Vaccination in Burma 1920-1933 - 1920-1933
Year: 1920
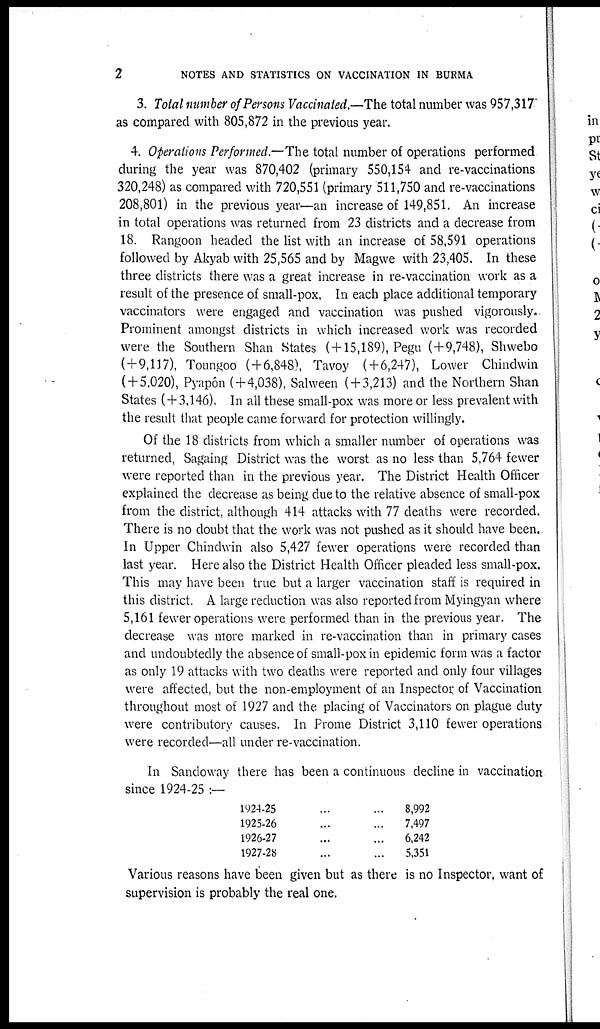
2
NOTES AND STATISTICS ON VACCINATION IN BURMA
3. Total number of Persons Vaccinated.—The total number was 957,317
as compared with 805,872 in the previous year.
4. Operations Performed.—The total number of operations performed
during the year was 870,402 (primary 550,154 and re-vaccinations
320,248) as compared with 720,551 (primary 511,750 and re-vaccinations
208,801) in the previous year—an increase of 149,851. An increase
in total operations was returned from 23 districts and a decrease from
18. Rangoon headed the list with an increase of 58,591 operations
followed by Akyab with 25,565 and by Magwe with 23,405. In these
three districts there was a great increase in re-vaccination work as a
result of the presence of small-pox. In each place additional temporary
vaccinators were engaged and vaccination was pushed vigorously.
Prominent amongst districts in which increased work was recorded
were the Southern Shan States ( + 15,189), Pegu (+9,748), Shwebo
(+9,117), Toungoo ( + 6,848), Tavoy (+6,247), Lower Chindwin
( + 5,020), Pyapôn (+4,038), Salween ( + 3,213) and the Northern Shan
States (+3,146). In all these small-pox was more or less prevalent with
the result that people came forward for protection willingly.
Of the 18 districts from which a smaller number of operations was
returned, Sagaing District was the worst as no less than 5,764 fewer
were reported than in the previous year. The District Health Officer
explained the decrease as being due to the relative absence of small-pox
from the district, although 414 attacks with 77 deaths were recorded.
There is no doubt that the work was not pushed as it should have been.
In Upper Chindwin also 5,427 fewer operations were recorded than
last year. Here also the District Health Officer pleaded less small-pox.
This may have been true but a larger vaccination staff is required in
this district. A large reduction was also reported from Myingyan where
5,161 fewer operations were performed than in the previous year. The
decrease was more marked in re-vaccination than in primary cases
and undoubtedly the absence of small-pox in epidemic form was a factor
as only 19 attacks with two deaths were reported and only four villages
were affected, but the non-employment of an Inspector of Vaccination
throughout most of 1927 and the placing of Vaccinators on plague duty
were contributory causes. In Prome District 3,110 fewer operations
were recorded—all under re-vaccination.
In Sandoway there has been a continuous decline in vaccination
since 1924-25 :—
1924-25 ... ...
1925-26 ... ...
1926-27 ... ...
1927-28 ... ...
8,992
7,497
6,242
5,351
Various reasons have been given but as there is no Inspector, want of
supervision is probably the real one.